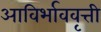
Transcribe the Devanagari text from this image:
आविर्भाववृत्ती